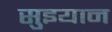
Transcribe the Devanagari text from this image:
सुइयान